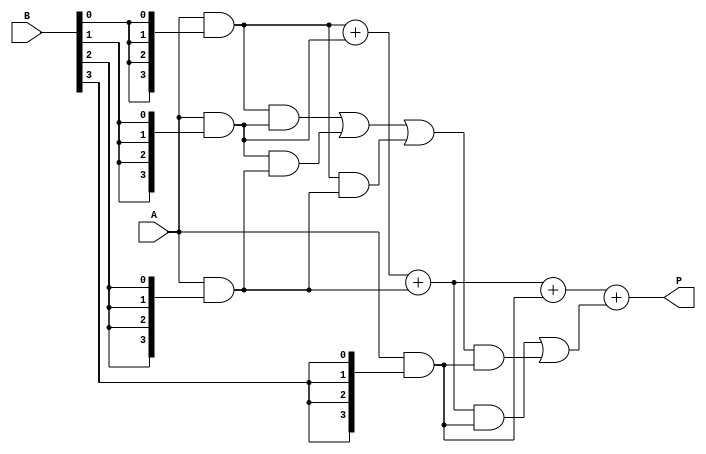
module wallace_tree_multiplier #(parameter N = 4, M = 4) (
    input  [N-1:0] A, // First multiplicand
    input  [M-1:0] B, // Second multiplicand
    output [N+M-1:0] P // Product
);

    // Generate Partial Products
    wire [N-1:0] pp [0:M-1]; // Partial products
    genvar i;
    generate
        for (i = 0; i < M; i = i + 1) begin : gen_partial_products
            assign pp[i] = A & {N{B[i]}};
        end
    endgenerate

    // Wallace Tree Reduction
    wire [N+M-1:0] sum [0:N+M-1]; // Intermediate sums
    wire [N+M-1:0] carry [0:N+M-1]; // Intermediate carries

    // Initial stage: sum the partial products
    wire [N+M-1:0] initial_sum;
    wire [N+M-1:0] initial_carry;

    assign initial_sum = pp[0] + pp[1] + pp[2]; // First three partial products
    assign initial_carry = (pp[0] & pp[1]) | (pp[1] & pp[2]) | (pp[0] & pp[2]);

    // Wallace Tree Reduction Logic
    // This example shows a simple reduction for 4 partial products
    // Extend this logic for more products as needed
    wire [N+M-1:0] final_sum;
    wire [N+M-1:0] final_carry;

    assign final_sum = initial_sum + pp[3]; // Add the next partial product
    assign final_carry = (initial_sum & pp[3]) | (initial_carry & pp[3]);

    // Final addition to get the product
    assign P = final_sum + final_carry;

endmodule